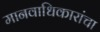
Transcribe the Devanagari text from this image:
मानवाधिकारांचा